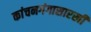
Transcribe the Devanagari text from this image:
कांचनगंगासारखी